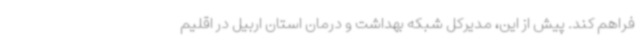
فراهم کند. پیش از این، مدیرکل شبکه بهداشت و درمان استان اربیل در اقلیم